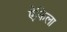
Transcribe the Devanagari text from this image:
ऐकिला